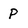
Character: P